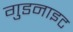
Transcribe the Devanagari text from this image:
गुडनाइट